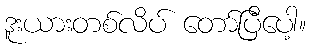
ဒူးယားတစ်လိပ် တော်ပြီပေါ့။